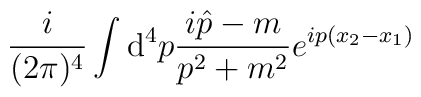
\frac{i}{(2\pi)^4}\int {\mathrm d}^4 p \frac{i \hat{p}-m}{p^2+m^2}e^{i p(x_2-x_1)}